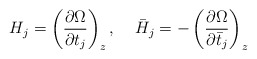
\begin{align*}H_j=\left(\frac{\partial \Omega}{\partial t_j}\right )_{z},\;\;\;\;\bar H_j=-\left(\frac{\partial \Omega}{\partial \bar t_j}\right )_{z}\end{align*}